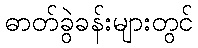
ဓာတ်ခွဲခန်းများတွင်